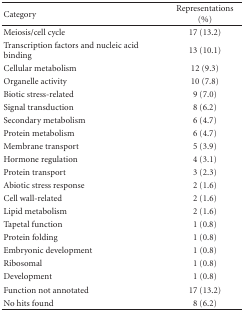
<table><thead><tr><td><b>Category</b></td><td><b>Representations (%)</b></td></tr></thead><tbody><tr><td>Meiosis/cell cycle</td><td>17 (13.2)</td></tr><tr><td>Transcription factors and nucleic acid binding</td><td>13 (10.1)</td></tr><tr><td>Cellular metabolism</td><td>12 (9.3)</td></tr><tr><td>Organelle activity</td><td>10 (7.8)</td></tr><tr><td>Biotic stress-related</td><td>9 (7.0)</td></tr><tr><td>Signal transduction</td><td>8 (6.2)</td></tr><tr><td>Secondary metabolism</td><td>6 (4.7)</td></tr><tr><td>Protein metabolism</td><td>6 (4.7)</td></tr><tr><td>Membrane transport</td><td>5 (3.9)</td></tr><tr><td>Hormone regulation</td><td>4 (3.1)</td></tr><tr><td>Protein transport</td><td>3 (2.3)</td></tr><tr><td>Abiotic stress response</td><td>2 (1.6)</td></tr><tr><td>Cell wall-related</td><td>2 (1.6)</td></tr><tr><td>Lipid metabolism</td><td>2 (1.6)</td></tr><tr><td>Tapetal function</td><td>1 (0.8)</td></tr><tr><td>Protein folding</td><td>1 (0.8)</td></tr><tr><td>Embryonic development</td><td>1 (0.8)</td></tr><tr><td>Ribosomal</td><td>1 (0.8)</td></tr><tr><td>Development</td><td>1 (0.8)</td></tr><tr><td>Function not annotated</td><td>17 (13.2)</td></tr><tr><td>No hits found</td><td>8 (6.2)</td></tr></tbody></table>